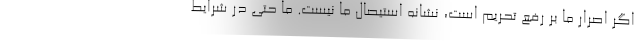
اگر اصرار ما بر رفع تحریم است، نشانه استیصال ما نیست. ما حتی در شرایط